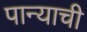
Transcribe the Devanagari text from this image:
पान्याची